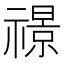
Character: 𮂙